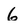
Character: 6